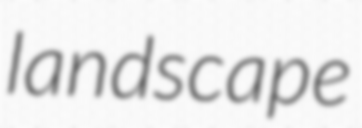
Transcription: landscape